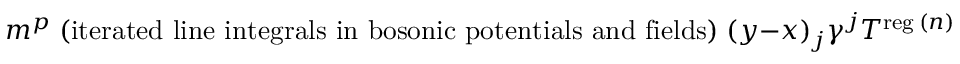
m ^ { p } \; { \mathrm { ( i t e r a t e d ~ l i n e ~ i n t e g r a l s ~ i n ~ b o s o n i c ~ p o t e n t i a l s ~ a n d ~ f i e l d s ) } } \; ( y - x ) _ { j } \gamma ^ { j } \: T ^ { \mathrm { \scriptsize { r e g } } \: ( n ) } ( s , l ) \; ,